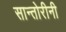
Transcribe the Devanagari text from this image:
सान्तोरीनी